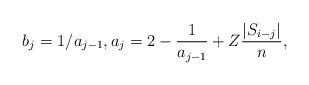
\begin{align*}b_j=1/a_{j-1},a_j=2-\frac{1}{a_{j-1}}+ Z\frac{|S_{i-j}|}{n},\end{align*}